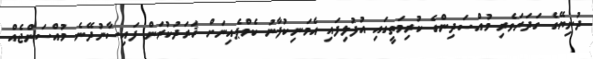
ދުނިޔޭގެ ގަދަރަވެރި މުއްސަދިންގެ ކުރިމަތީގައި އުފުލިފައި އެމަނިކުފާނު ކެމްޕެއިނަށް ޚަރަދުކުރަން ފައިސާނުދޭނެ މުއްސަންޖެއް